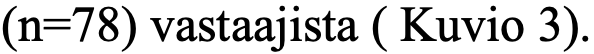
(n=78) vastaajista ( Kuvio 3).